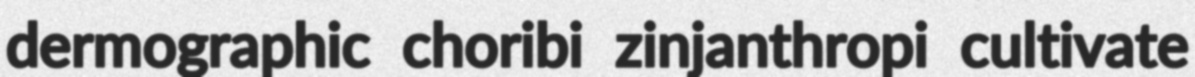
dermographic choribi zinjanthropi cultivate